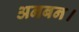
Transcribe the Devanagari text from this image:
अनबन।